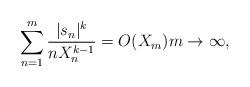
LaTeX: \begin{align*}\sum_{n=1}^{m}\frac{|s_{n}|^{k}}{nX_{n}^{k-1}}=O(X_{m}) m\rightarrow \infty,\end{align*}